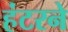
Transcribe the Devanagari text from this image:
हंटरने